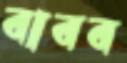
বাবব